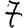
Digit: 7